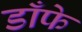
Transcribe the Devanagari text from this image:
डाँफे